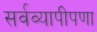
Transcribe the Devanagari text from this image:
सर्वव्यापीपणा